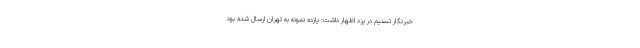
خبرنگار تسنیم در یزد اظهار داشت: یازده نمونه به تهران ارسال شده بود